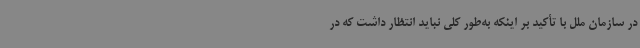
در سازمان ملل با تأکید بر اینکه به‌طور کلی نباید انتظار داشت که در